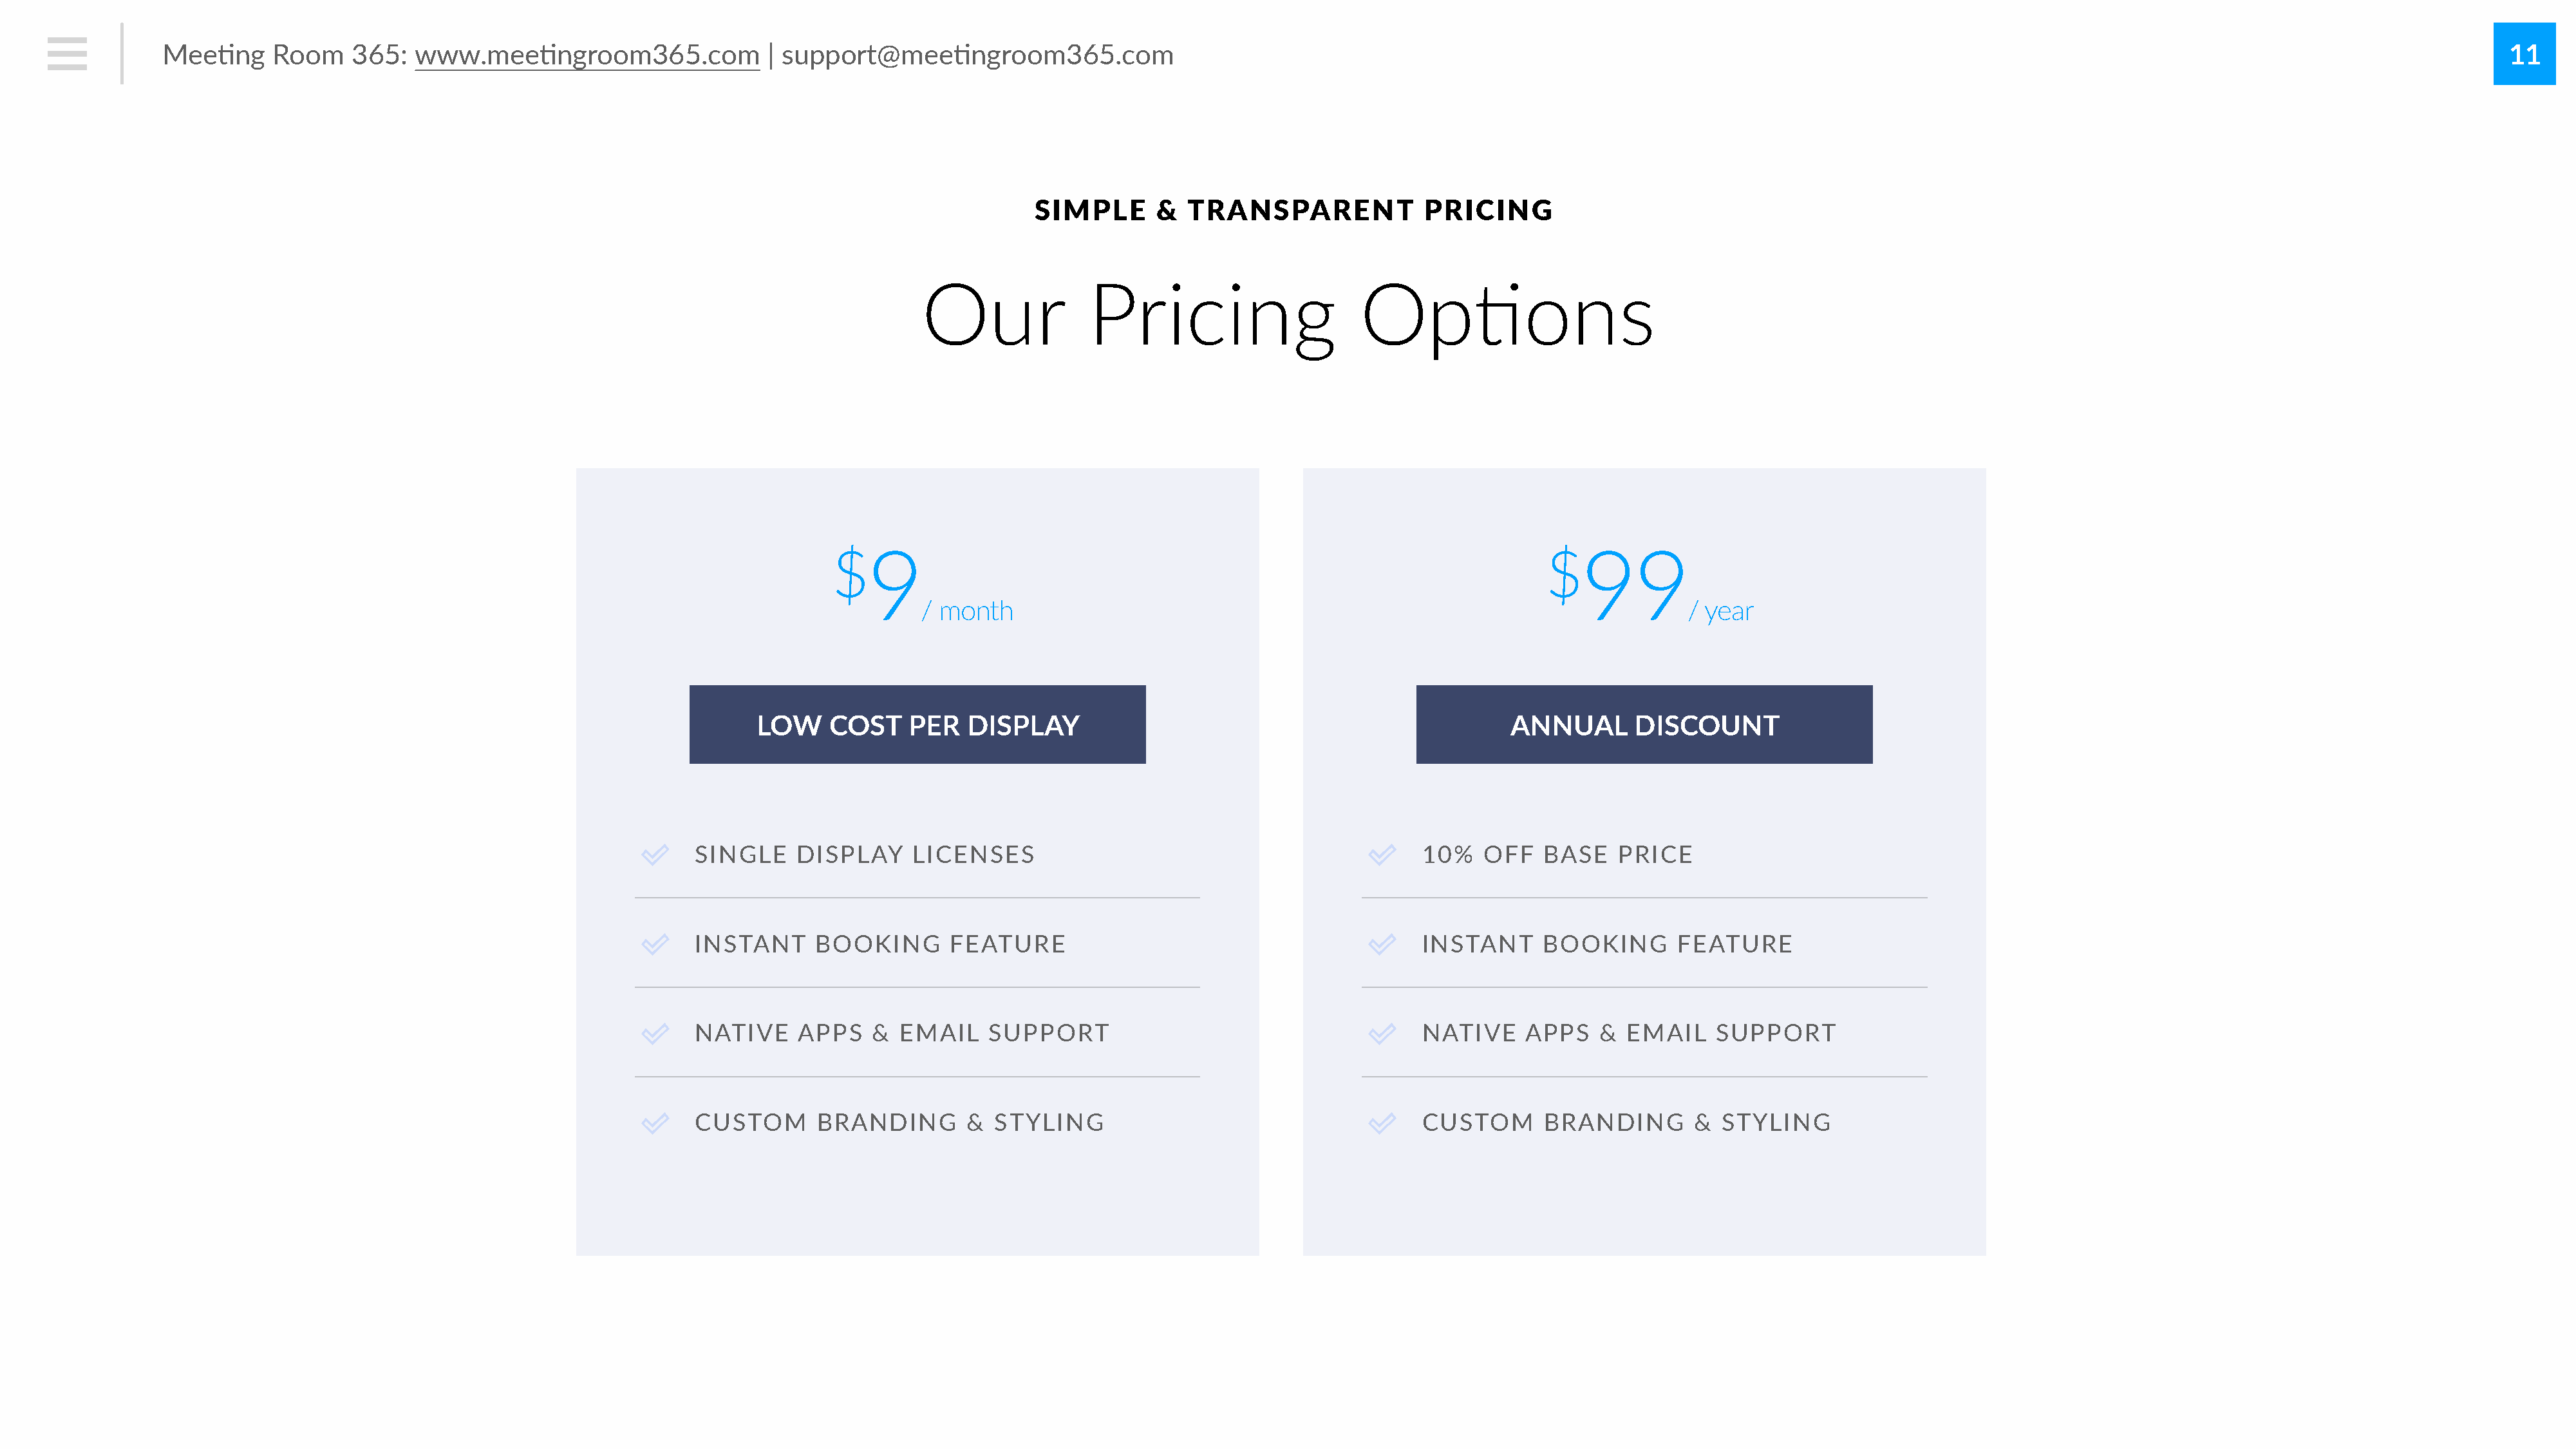
Mee#ng     Room    365:   www.mee#ngroom365.com               | support@mee#ngroom365.com                                                                                                                                                        11
 SIMPLE       &  TRANSPARENT             PRICING
 Our              Pricing                     Op,ons
 $9                                                                       $99
 / month                                                                       / year
 LOW    COST    PER   DISPLAY                                                 ANNUAL       DISCOUNT
 SINGLE     DISPLAY     LICENSES                                            10%    OFF   BASE   PRICE
 INSTANT      BOOKING       FEATURE                                         INSTANT      BOOKING      FEATURE
 NATIVE     APPS    &  EMAIL    SUPPORT                                     NATIVE     APPS   &  EMAIL    SUPPORT
 CUSTOM       BRANDING       &  STYLING                                     CUSTOM       BRANDING       &  STYLING